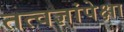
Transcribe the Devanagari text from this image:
तत्वज्ञांपेक्षा